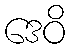
ဒေဝိ